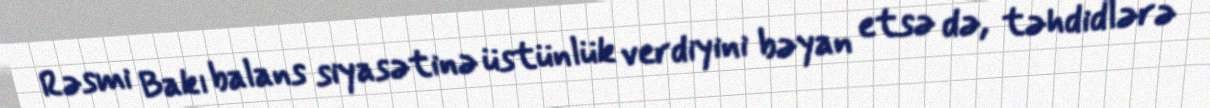
Rəsmi Bakı balans siyasətinə üstünlük verdiyini bəyan etsə də, təhdidlərə